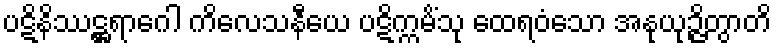
ပဋိနိဿဋ္ဌရာဂေါ ကိလေသနီယေ ပဋိက္ကမိံသု ထေရဝံသော အနုယုဉ္ဇိတွာတိ